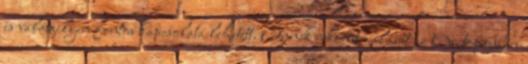
is valamilyen fontos kapcsolata lehetett. Ennek rekonstruálását az Osztopánban